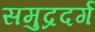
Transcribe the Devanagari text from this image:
समुद्रदर्ग